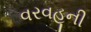
વરવહૂની